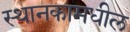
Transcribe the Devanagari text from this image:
स्थानकामधील